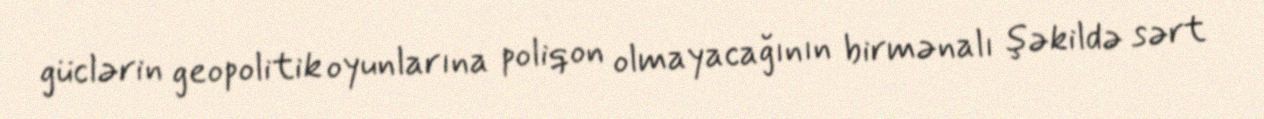
güclərin geopolitik oyunlarına poliqon olmayacağının birmənalı şəkildə sərt